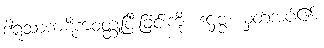
ဒါရုသာကဋိကဝတ္ထုပြီးခြင်းကို။ ဒဋ္ဌဗ္ဗံ၊ မှတ်အပ်၏။